Statistical return of the lunatic asylum in Assam - 1912-1932
Year: 1912
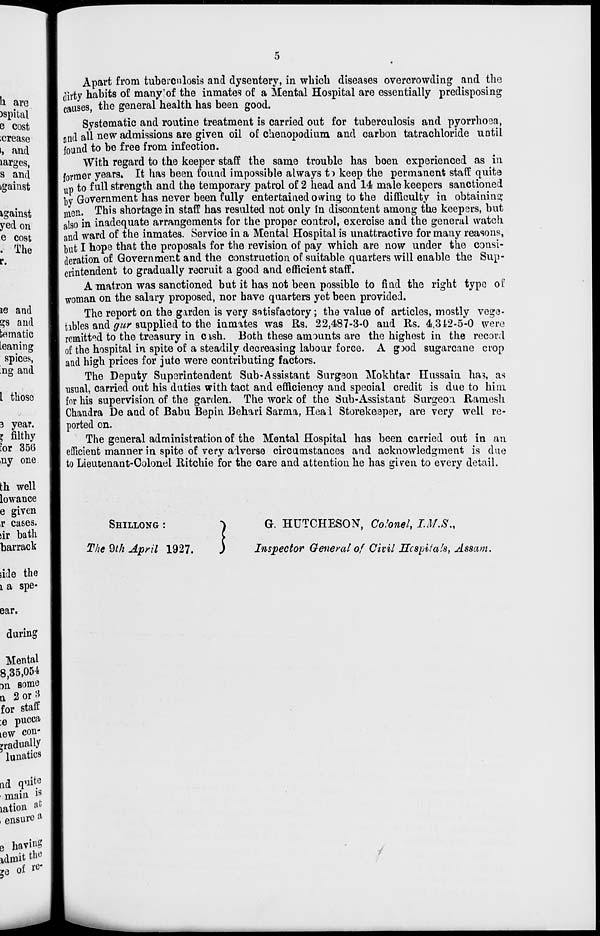
Apart from tuberculosis and dysentery, in which diseases overcrowding and the
flirty habits of many'of the inmates of a Mental Hospital are essentially predisposing
causes, the general health has been good.
Systematic and routine treatment is carried out for tuberculosis and pyorrhoea,
and all new admissions are given oil of chenopodium and carbon tatrachloride until
found to be free from infection.
With regard to the keeper staff the same trouble has been experienced as in
former years. It has been found impossible always ti keep the permanent staff quite-
u p to full strength and the temporary patrol of 2 head and 14 male keepers sanctioned
by Government has never been fully entertained owing to the difficulty in obtaining
men. This shortage in staff has resulted not only in discontent among the keepers, but
also in inadequate arrangements for the proper control, exercise and the general watch
and ward of the inmates. Service in a Mental Hospital is unattractive for many reasons,
but I hope that the proposals for the revision of pay which are now under the consi-
deration of Government and the construction of suitable quarters will enable the Sup-
erintendent to gradually recruit a good and efficient staff.
A matron was sanctioned but it has not been possible to find the right type of
woman on the salary proposed, nor have quarters yet been provided.
The report on the garden is very satisfactory; the value of articles, mostly vege-
tables and <7«r supplied to the inmates was Rs. 22,487-3-0 and Rs. 4,312-5-0 were
remitted to the treasury in cish. Both these amounts are the highest in the record
of the hospital in spite of a steadily decreasing labour force. A g3od sugarcane crop
and high prices for jute were contributing factors.
The Deputy Superintendent Sub-Assistant Surgeon Mokhtar Hussain ha3, as
usual, carried out his duties with tact and efficiency and special credit is due to him.
for his supervision of the garden. The work of the Sub-Assistant Surgeon Ramesh
Chandra De and of Babu Bepin Behari Sarma, Heal Storekeeper, are very well re-
ported on.
The general administration of the Mental Hospital has been carried out in an
efficient manner in spite of very adverse circumstances and acknowledgment is due
to Lieutenant-Colonel Ritchie for the care and attention he has given to every detail.
SHILLONG :
The 9th April 1927.
i
G. HUTCHESON, Colonel, I.M.S.,
Inspector General of Civil He spit a Is, Assam.